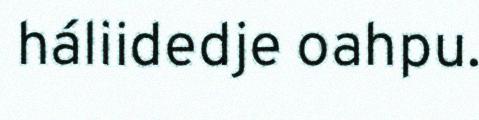
háliidedje oahpu.